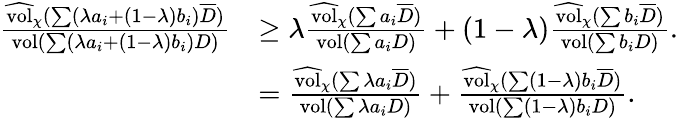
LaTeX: \begin{array}{rl}{\frac{\widehat{\mathrm{vol}}_{\chi}(\sum(\lambda a_{i}+(1-\lambda)b_{i})\overline{D})}{\mathrm{vol}(\sum(\lambda a_{i}+(1-\lambda)b_{i})D)}}&{\geq\lambda\frac{\widehat{\mathrm{vol}}_{\chi}(\sum a_{i}\overline{D})}{\mathrm{vol}(\sum a_{i}D)}+(1-\lambda)\frac{\widehat{\mathrm{vol}}_{\chi}(\sum b_{i}\overline{D})}{\mathrm{vol}(\sum b_{i}D)}.}\\ &{=\frac{\widehat{\mathrm{vol}}_{\chi}(\sum\lambda a_{i}\overline{D})}{\mathrm{vol}(\sum\lambda a_{i}D)}+\frac{\widehat{\mathrm{vol}}_{\chi}(\sum(1-\lambda)b_{i}\overline{D})}{\mathrm{vol}(\sum(1-\lambda)b_{i}D)}.}\end{array}